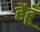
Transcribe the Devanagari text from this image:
हैहूँ